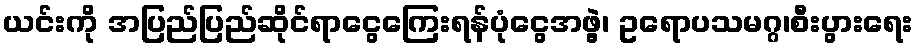
ယင်းကို အပြည်ပြည်ဆိုင်ရာငွေကြေးရန်ပုံငွေအဖွဲ့၊ ဥရောပသမဂ္ဂ၊စီးပွားရေး